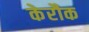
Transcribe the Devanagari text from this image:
केरौक